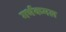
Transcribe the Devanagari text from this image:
गर्भकमल